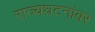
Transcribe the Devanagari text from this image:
राज्यघटनांवर